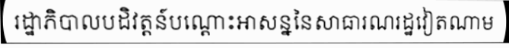
រដ្ឋាភិបាលបដិវត្តន៍បណ្តោះអាសន្ននៃសាធារណរដ្ឋវៀតណាម